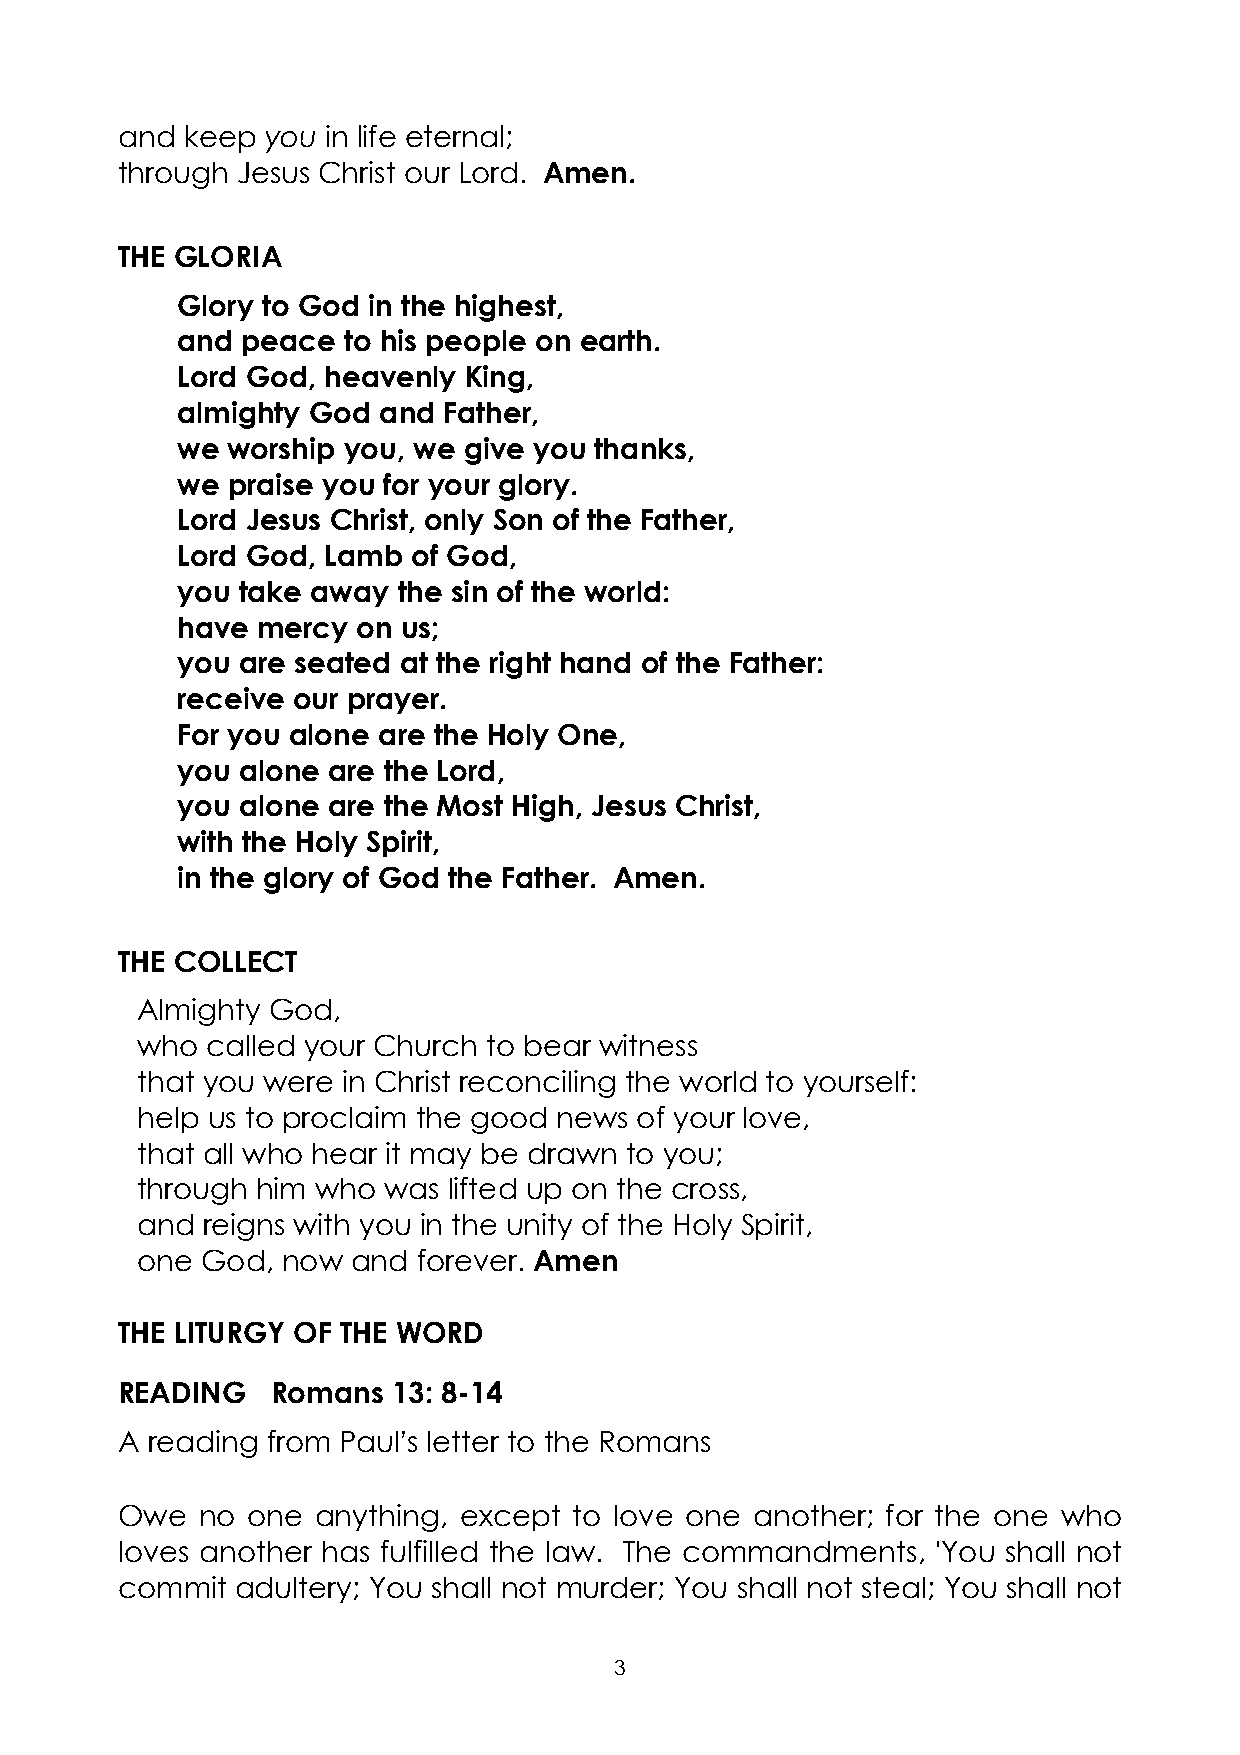
and keep  you in life eternal;
 through Jesus Christ our Lord. Amen.
 THE GLORIA
 Glory to God in the highest,
 and peace  to his people on earth.
 Lord God, heavenly King,
 almighty God and Father,
 we worship you, we give you thanks,
 we praise you for your glory.
 Lord Jesus Christ, only Son of the Father,
 Lord God, Lamb of God,
 you take away the sin of the world:
 have mercy  on us;
 you are seated at the right hand of the Father:
 receive our prayer.
 For you alone are the Holy One,
 you alone are the Lord,
 you alone are the Most High, Jesus Christ,
 with the Holy Spirit,
 in the glory of God the Father. Amen.
 THE COLLECT
 Almighty God,
 who  called your Church to bear witness
 that you were in Christ reconciling the world to yourself:
 help us to proclaim the good news of your love,
 that all who hear it may be drawn to you;
 through him who was  lifted up on the cross,
 and reigns with you in the unity of the Holy Spirit,
 one God,  now and  forever. Amen
 THE LITURGY OF THE WORD
 READING   Romans  13: 8-14
 A reading from Paul’s letter to the Romans
 Owe  no one  anything, except to love one another; for the one who
 loves another has fulfilled the law. The commandments, 'You shall not
 commit  adultery; You shall not murder; You shall not steal; You shall not
 3